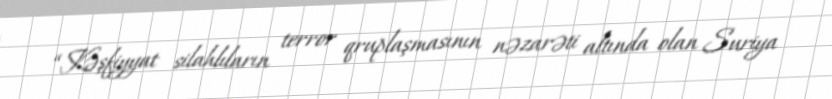
“Kəşfiyyat silahlıların terror qruplaşmasının nəzarəti altında olan Suriya